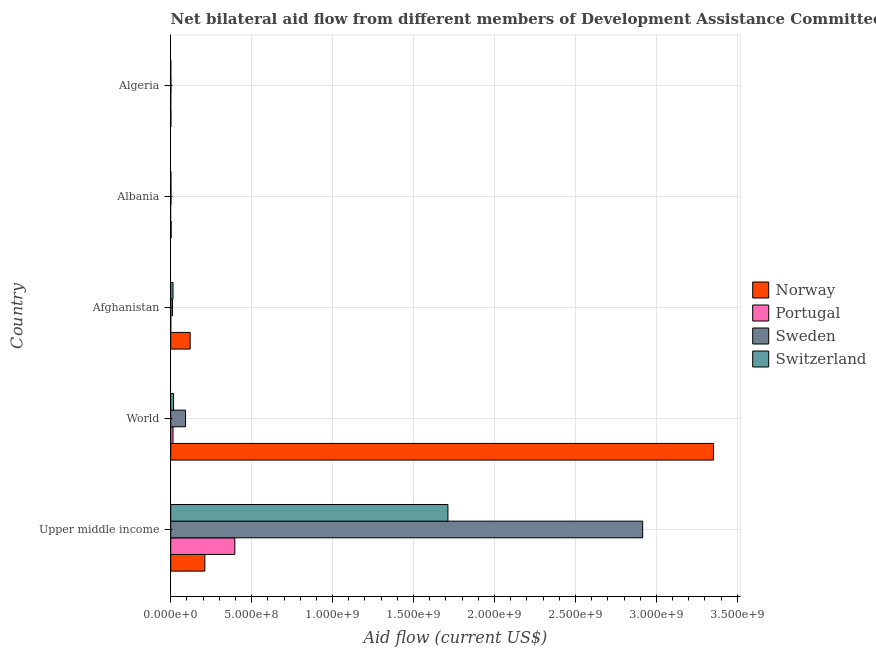
| Country | Norway | Portugal | Sweden | Switzerland |
 | --- | --- | --- | --- | --- |
 | Upper middle income | 2.11e+08 | 3.96e+08 | 2.92e+09 | 1.71e+09 |
 | World | 3.35e+09 | 1.4e+07 | 9.17e+07 | 1.77e+07 |
 | Afghanistan | 1.2e+08 | 2e+04 | 1.09e+07 | 1.42e+07 |
 | Albania | 2.51e+06 | -1.28e+07 | 1.59e+06 | 1.14e+06 |
 | Algeria | 1.02e+06 | 4e+04 | 1.18e+06 | 4e+05 |